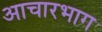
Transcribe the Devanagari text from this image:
आचारभाग